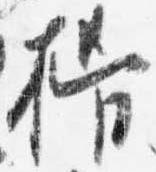
揖